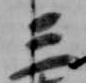
三